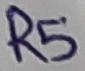
Text: R5